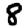
Digit: 8